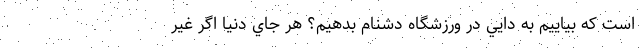
است كه بياييم به دايي در ورزشگاه دشنام بدهيم؟ هر جاي دنيا اگر غير